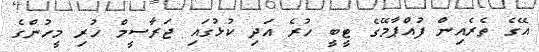
އޭގެ ތެރެއިން ފުއްޕާމޭގެ ޓީބީ ހުރެ އަދި ކުޅުގައި ޖަރާސީމް ހުރި މީހުންގެ